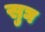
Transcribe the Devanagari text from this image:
सुघ